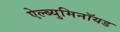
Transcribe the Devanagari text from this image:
ऐल्ब्युमिनॉयड